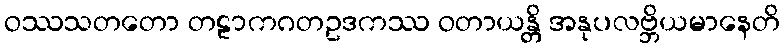
ဝဿသတတော တဠာကဂတဥဒကဿ ဝတာယန္တိ အနုပလဗ္ဘိယမာနေတိ